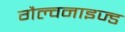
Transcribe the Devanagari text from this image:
गैल्वनाइज्ड